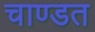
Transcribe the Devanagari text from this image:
चाण्डत